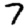
Digit: 7